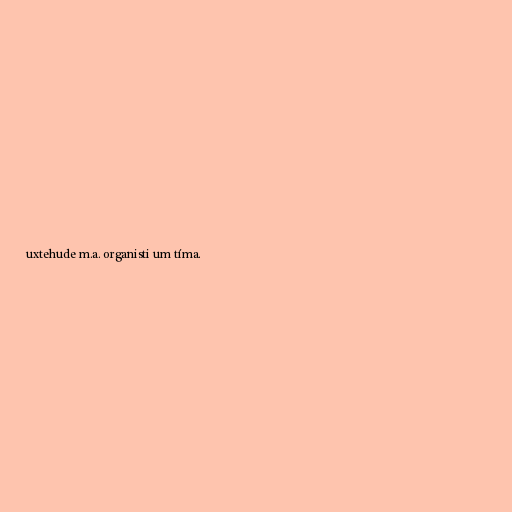
uxtehude m.a. organisti um tíma.